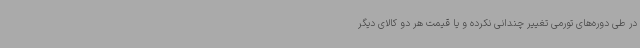
در طی دوره‌های تورمی تغییر چندانی نکرده و یا قیمت هر دو کالای دیگر